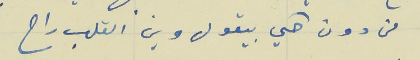
من دون حكي بيقول وين القلب راح